Punjab Mental Hospital Lahore 1932-46 - 1932-1946
Year: 1932
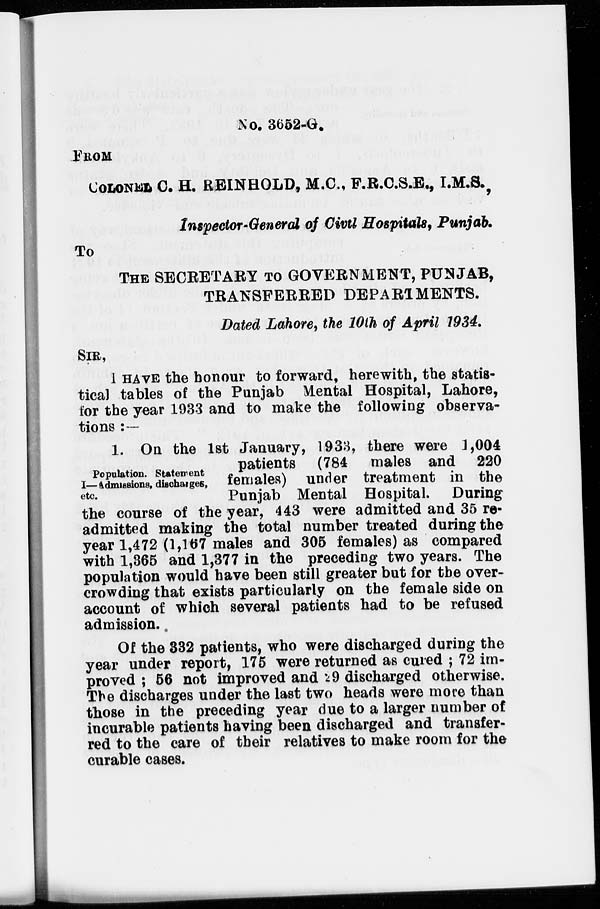
No. 3652-G.
FROM
COLONEL C. H. REINHOLD, M.C., F.R.C.S.E., I.M.S.,
Inspector-General of Civil Hospitals, Punjab.
To
THE SECRETARY TO GOVERNMENT, PUNJAB,
TRANSFERRED DEPARTMENTS.
Dated Lahore, the 10th of April 1934.
SIR,
I HAVE the honour to forward, herewith, the statis-
tical tables of the Punjab Mental Hospital, Lahore,
for the year 1933 and to make the following observa-
tions :—
Population. Statement
I—Admissions, discharges,
etc.
1. On the 1st January, 1933, there were 1,004
patients (784 males and 220
females) under treatment in the
Punjab Mental Hospital. During
the course of the year, 443 were admitted and 35 re-
admitted making the total number treated during the
year 1,472 (1,167 males and 305 females) as compared
with 1,365 and 1,377 in the preceding two years. The
population would have been still greater but for the over-
crowding that exists particularly on the female side on
account of which several patients had to be refused
admission..
Of the 332 patients, who were discharged during the
year under report, 175 were returned as cured ; 72 im-
proved ; 56 not improved and 29 discharged otherwise.
The discharges under the last two heads were more than
those in the preceding year due to a larger number of
incurable patients having been discharged and transfer-
red to the care of their relatives to make room for the
curable cases.